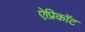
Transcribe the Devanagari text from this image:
ऐप्रिकॉट